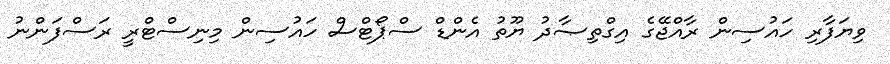
ވިޔަފާރި ހައުސިން ރާއްޖޭގެ އިގްތިޞާދު ޔޫތު އެންޑް ސްޕޯޓްސް ހައުސިން މިނިސްޓްރީ ރަސްފަންނު